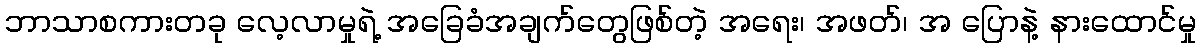
ဘာသာစကားတခု လေ့လာမှုရဲ့ အခြေခံအချက်တွေဖြစ်တဲ့ အရေး၊ အဖတ်၊ အ ပြောနဲ့ နားထောင်မှု